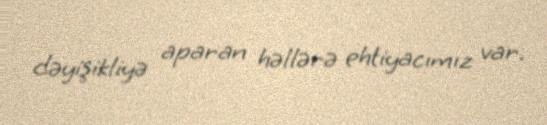
dəyişikliyə aparan həllərə ehtiyacımız var.